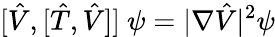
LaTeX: [\hat{V},[\hat{T},\hat{V}]]\ \psi=|\nabla\hat{V}|^{2}\psi